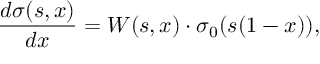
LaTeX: { \frac { d \sigma ( s , x ) } { d x } = W ( s , x ) \cdot \sigma _ { 0 } ( s ( 1 - x ) ) , }